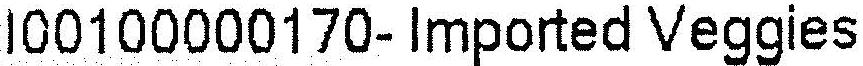
I00100000170- IMPORTED VEGGIES